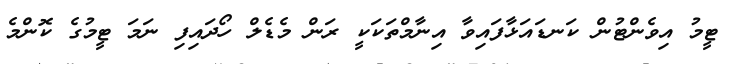
ޓީމު އިވެންޓުން ކަނޑައަޅާފައިވާ އިނާމްތަކަކީ ރަން މެޑެލް ހޯދައިފި ނަމަ ޓީމުގެ ކޮންމެ